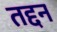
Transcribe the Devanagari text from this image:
तद्दन